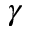
\gamma